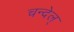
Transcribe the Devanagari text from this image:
चन्देल्